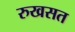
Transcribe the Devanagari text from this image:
रुखसत